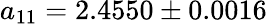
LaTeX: a_{11}=2.4550\pm 0.0016